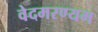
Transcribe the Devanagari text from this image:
वेदमरण्यम